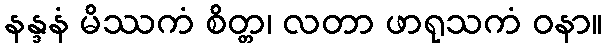
နန္ဒနံ မိဿကံ စိတ္တ၊ လတာ ဖာရုသကံ ဝနာ။